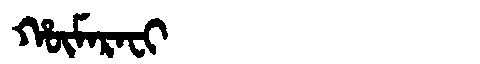
Manchu: ᡥᡡᠮᠠᡵᠠᠸᡳ
Romanization: HŪMARAFI